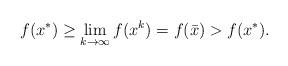
LaTeX: \begin{align*}f(x^*) \geq \lim_{k \to \infty} f(x^k) = f(\bar x) > f(x^*).\end{align*}